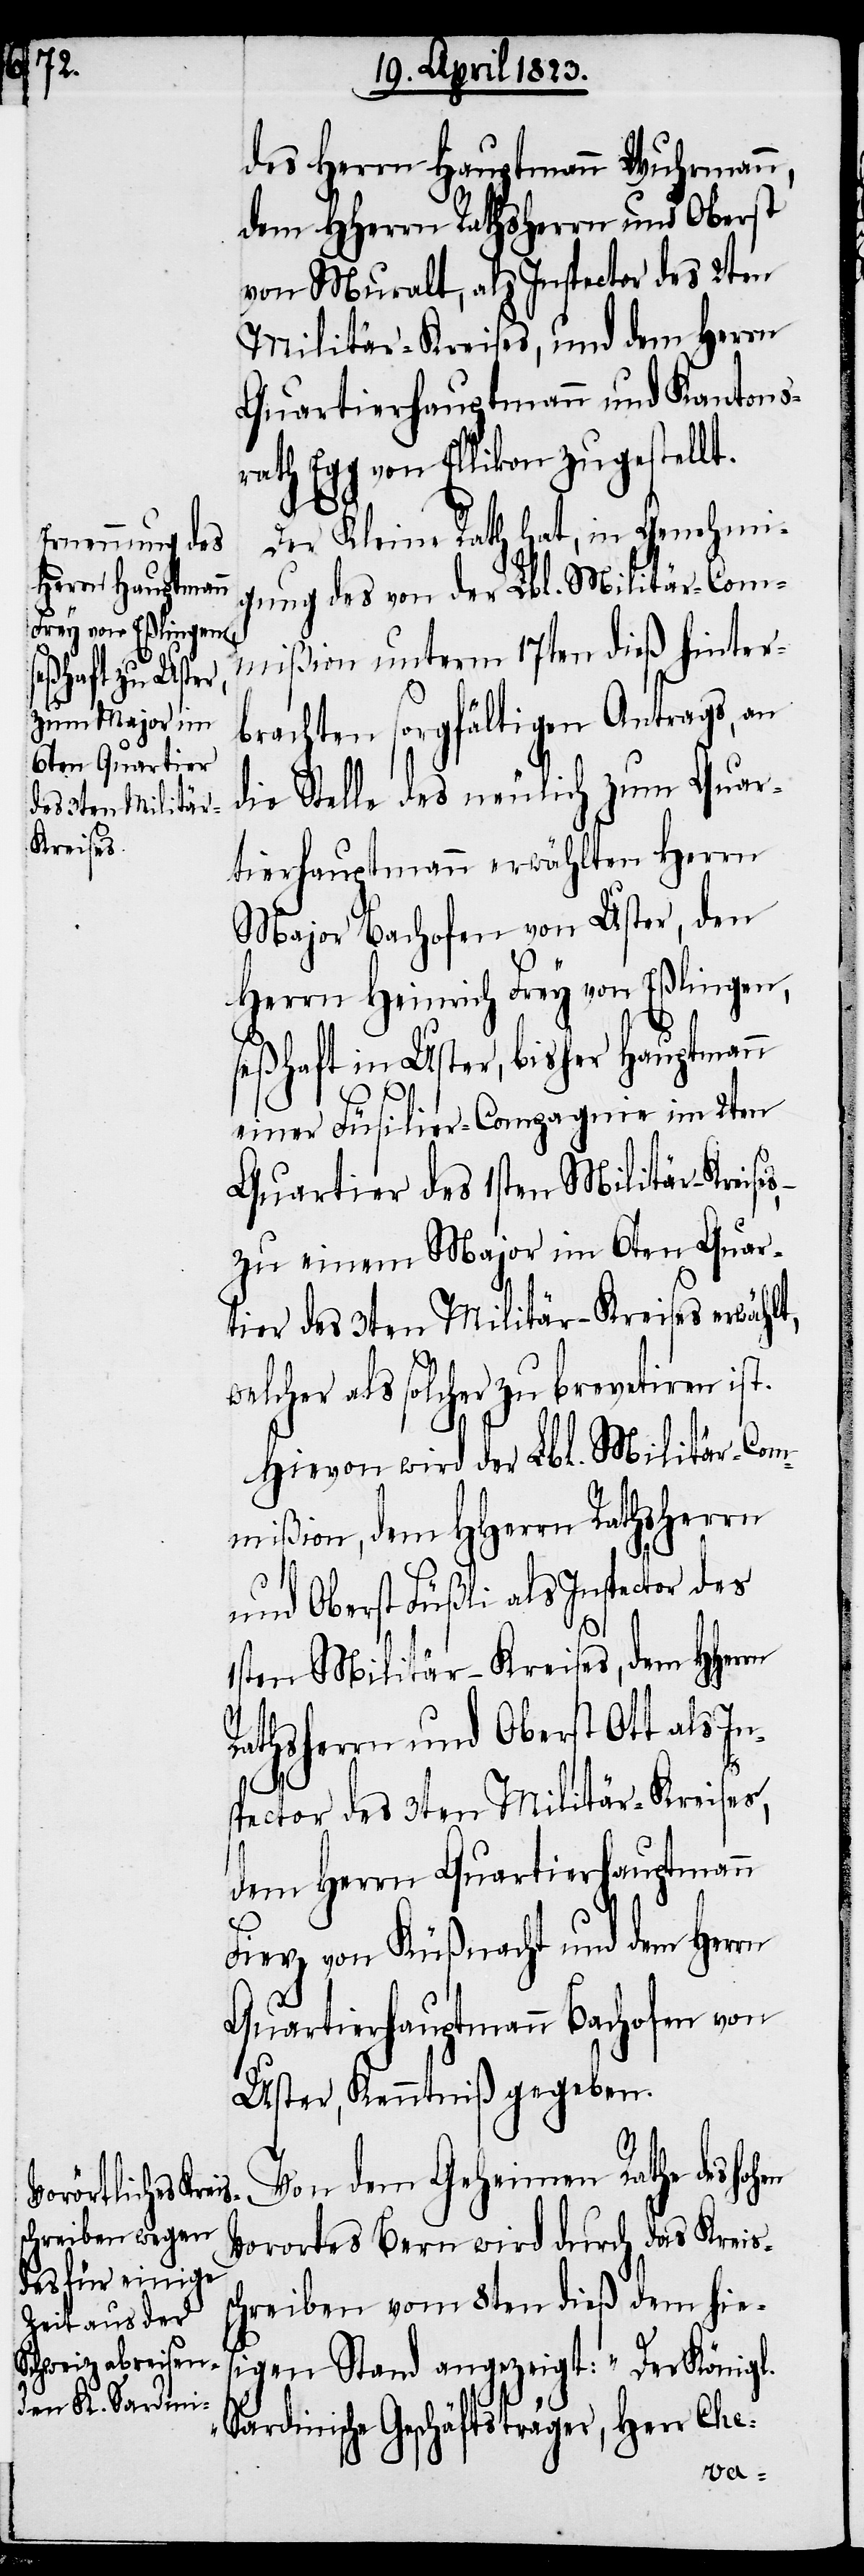
des Herrn Hauptmann Wuhrmann,
dem HHerrn Rathsherrn und Oberst
von Muralt, als Inspector des 2ten
Militär-Kreises, und dem Herrn
Quartierhauptmann und Kantons¬
rath Egg von Ellikon zugestellt.
Der Kleine Rath hat, in Genehmi¬
gung des von der Lbl. Militär-Com¬
mißion unterm 17ten dieß hinter¬
brachten sorgfältigen Antrags, an
die Stelle des neulich zum Quar¬
tierhauptmann erwählten Herrn
Major Bachofen von Uster, den
Herrn Heinrich Frey von Eßlingen,
seßhaft in Uster, bisher Hauptmann
einer Füsilier-Compagnie im 2ten
Quartier des 1sten Militär-Kreises,
zu einem Major im 6ten Quar¬
tier des 3ten Militär-Kreises erwählt,
elcher als solcher zu brevetiren ist.
Hievon wird der Lbl. Militär-Com¬
mißion, dem HHerrn Rathsherrn
und Oberst Füßli als Inspector des
1sten Militär-Kreises, dem HHerrn
Rathsherrn und Oberst Ott als In¬
spector des 3ten Militär-Kreises,
dem Herrn Quartierhauptmann
Fierz von Küßnacht und dem Herrn
Quartierhauptmann Bachofen von
Uster, Kenntniß gegeben.
Von dem Geheimen Rathe des ho¬
Vorortes Bern wird durch das Kreis¬
chreiben vom 8ten dieß dem hies¬
igen Stand angezeigt: „Der Königl.
Sardinische Geschäftsträger, Herr Che-
s¬